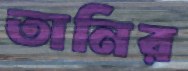
তানির